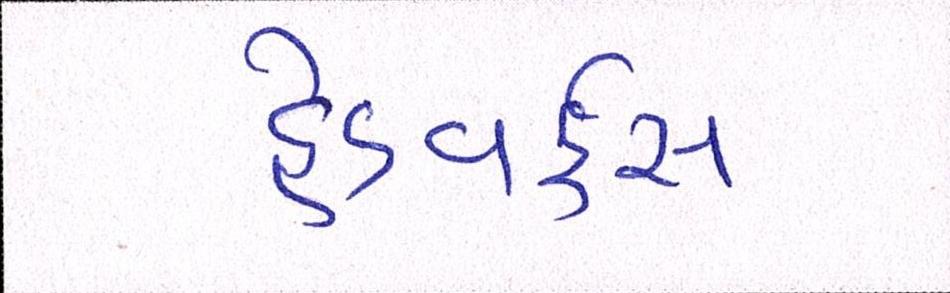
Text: હેડવર્કસ